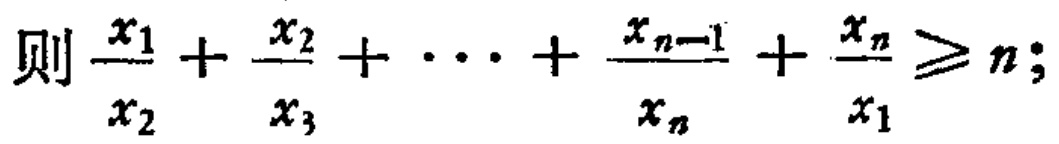
则\(\frac{x_{1}}{x_{2}}+\frac{x_{2}}{x_{3}}+\cdots+\frac{x_{n - 1}}{x_{n}}+\frac{x_{n}}{x_{1}}\geqslant n\);